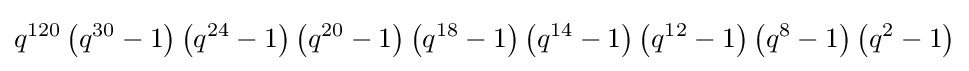
q^{120}\left(q^{30}-1\right)\left(q^{24}-1\right)\left(q^{20}-1\right)\left(q^{18}-1\right)\left(q^{14}-1\right)\left(q^{12}-1\right)\left(q^{8}-1\right)\left(q^{2}-1\right)